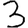
Digit: 3